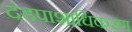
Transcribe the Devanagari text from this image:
दंडपाशाधिकरण